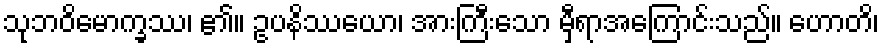
သုဘဝိမောက္ခဿ၊ ၏။ ဥပနိဿယော၊ အားကြီးသော မှီရာအကြောင်းသည်။ ဟောတိ၊